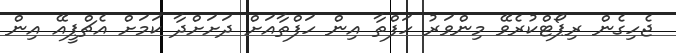
ޖެހިގެން ރިޕޯޓްކުރެވޭ މިންވަރު ހަފްތާ އިން ހަފްތާއަށް ދަށަށްދާ ކަމަށް އެޗްޕީއޭ އިން